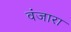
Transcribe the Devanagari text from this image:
वंजारा